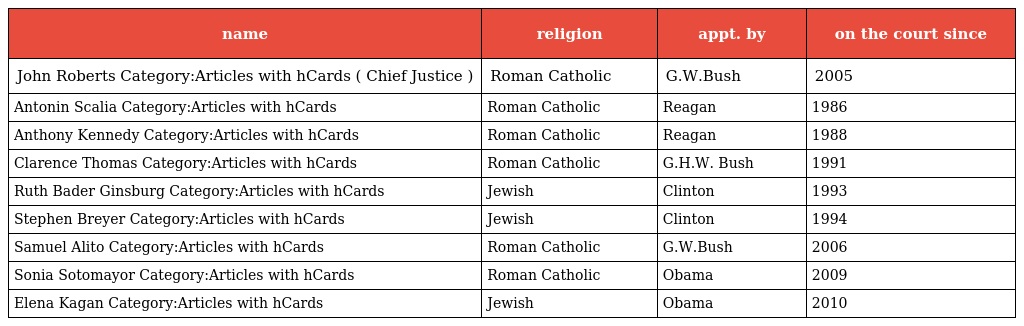
| name | religion | appt. by | on the court since |
 | --- | --- | --- | --- |
 | John Roberts Category:Articles with hCards ( Chief Justice ) | Roman Catholic | G.W.Bush | 2005 |
 | Antonin Scalia Category:Articles with hCards | Roman Catholic | Reagan | 1986 |
 | Anthony Kennedy Category:Articles with hCards | Roman Catholic | Reagan | 1988 |
 | Clarence Thomas Category:Articles with hCards | Roman Catholic | G.H.W. Bush | 1991 |
 | Ruth Bader Ginsburg Category:Articles with hCards | Jewish | Clinton | 1993 |
 | Stephen Breyer Category:Articles with hCards | Jewish | Clinton | 1994 |
 | Samuel Alito Category:Articles with hCards | Roman Catholic | G.W.Bush | 2006 |
 | Sonia Sotomayor Category:Articles with hCards | Roman Catholic | Obama | 2009 |
 | Elena Kagan Category:Articles with hCards | Jewish | Obama | 2010 |